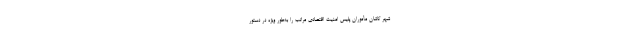
شهر کاشان مأموران پلیس امنیت اقتصادی مراتب را به‌طور ویژه در دستور